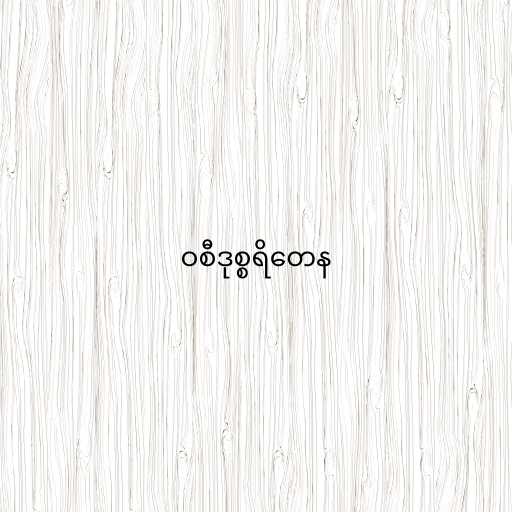
ဝစီဒုစ္စရိတေန